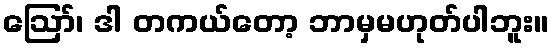
ဪ၊ ဒါ တကယ်တော့ ဘာမှမဟုတ်ပါဘူး။